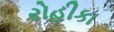
રોહીકા